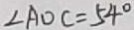
\angle A O C = 5 4 ^ { \circ }